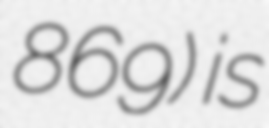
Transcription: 869) is